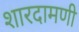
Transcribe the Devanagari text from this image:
शारदामणी